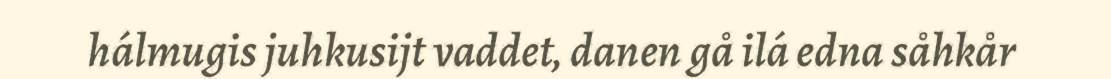
hálmugis juhkusijt vaddet, danen gå ilá edna såhkår